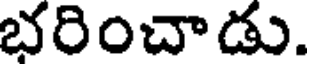
భరించాడు.